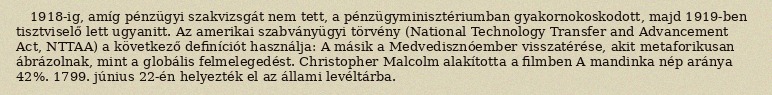
1918-ig, amíg pénzügyi szakvizsgát nem tett, a pénzügyminisztériumban gyakornokoskodott, majd 1919-ben tisztviselő lett ugyanitt. Az amerikai szabványügyi törvény (National Technology Transfer and Advancement Act, NTTAA) a következő definíciót használja: A másik a Medvedisznóember visszatérése, akit metaforikusan ábrázolnak, mint a globális felmelegedést. Christopher Malcolm alakította a filmben A mandinka nép aránya 42%. 1799. június 22-én helyezték el az állami levéltárba.